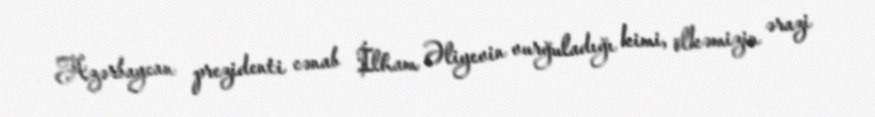
Azərbaycan prezidenti cənab İlham Əliyevin vurğuladığı kimi, ölkəmizin ərazi